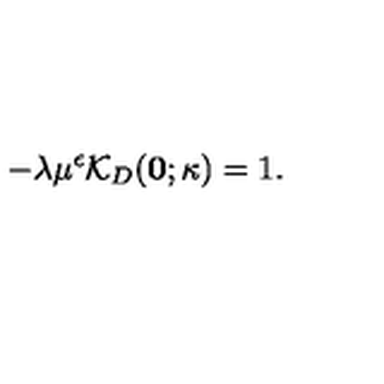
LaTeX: - \lambda \mu ^ { \epsilon } { \mathcal K } _ { { D } } ( { \bf 0 } ; \kappa ) = 1 .